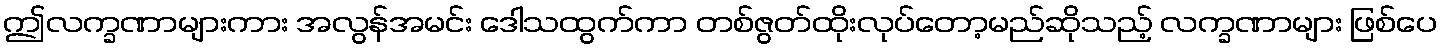
ဤလက္ခဏာများကား အလွန်အမင်း ဒေါသထွက်ကာ တစ်ဇွတ်ထိုးလုပ်တော့မည်ဆိုသည့် လက္ခဏာများ ဖြစ်ပေ